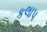
કલાપ